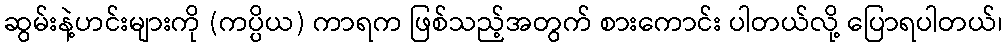
ဆွမ်းနဲ့ဟင်းများကို (ကပ္ပိယ) ကာရက ဖြစ်သည့်အတွက် စားကောင်း ပါတယ်လို့ ပြောရပါတယ်၊